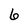
Character: 6